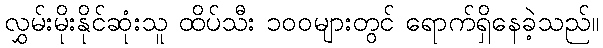
လွှမ်းမိုးနိုင်ဆုံးသူ ထိပ်သီး ၁၀၀များတွင် ရောက်ရှိနေခဲ့သည်။